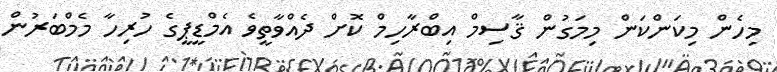
މިހެން މިކަންކަން މިމަގުން ޤާސިމް އިބްރާހިމް ކޮށް ދެއްވާތީވެ އެމްޑީޕީގެ ހުރިހާ މެމްބަރުން